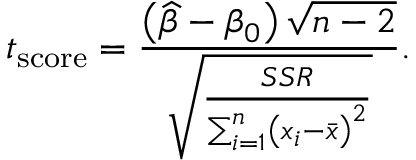
t _ { \mathrm { s c o r e } } = { \frac { \left( { \widehat { \beta } } - \beta _ { 0 } \right) { \sqrt { n - 2 } } } { \sqrt { \frac { S S R } { \sum _ { i = 1 } ^ { n } \left( x _ { i } - { \bar { x } } \right) ^ { 2 } } } } } .